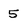
Character: 5